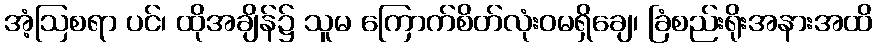
အံ့ဩစရာ ပင်၊ ထိုအချိန်၌ သူမ ကြောက်စိတ်လုံးဝမရှိချေ၊ ခြံစည်းရိုးအနားအထိ